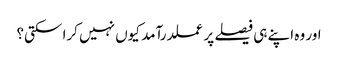
اور وہ اپنے ہی فیصلے پر عملدرآمد کیوں نہیں کرا سکتی؟